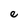
Character: e